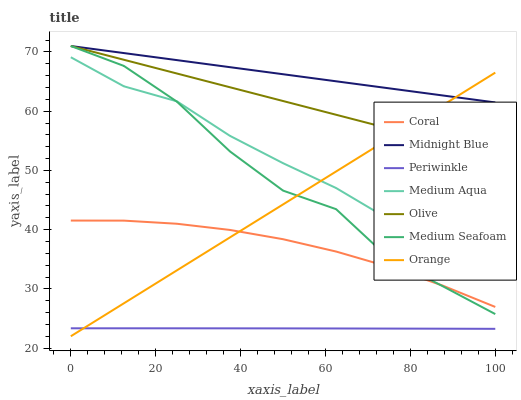
| xaxis_label | Coral | Midnight Blue | Periwinkle | Medium Aqua | Olive | Medium Seafoam | Orange |
 | --- | --- | --- | --- | --- | --- | --- | --- |
 | 0 | 41.5 | 71 | 23.3 | 69.1 | 71 | 71 | 22 |
 | 12.5 | 41.5 | 69.8 | 23.3 | 64.2 | 68.7 | 67.6 | 27.6 |
 | 25 | 41 | 68.6 | 23.3 | 61.7 | 66.4 | 61.6 | 33.1 |
 | 37.5 | 39.9 | 67.4 | 23.3 | 55.8 | 64 | 53.2 | 38.7 |
 | 50 | 38.4 | 66.2 | 23.3 | 51.2 | 61.7 | 46.6 | 44.3 |
 | 62.5 | 36.3 | 65 | 23.3 | 47 | 59.4 | 43.5 | 49.8 |
 | 75 | 33.7 | 63.9 | 23.3 | 41.7 | 57.1 | 35.1 | 55.4 |
 | 87.5 | 30.6 | 62.7 | 23.3 | 37.5 | 54.7 | 30.5 | 60.9 |
 | 100 | 26.9 | 61.5 | 23.3 | 32.4 | 52.4 | 25.7 | 66.5 |